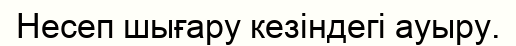
Несеп шығару кезіндегі ауыру.